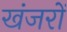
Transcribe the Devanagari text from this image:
खंजरों